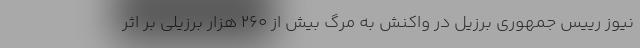
نیوز رییس جمهوری برزیل در واکنش به مرگ بیش از 260 هزار برزیلی بر اثر